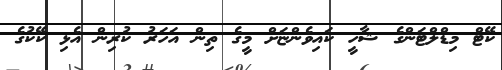
ކޭޓް މިޑްލްޓަންގެ ޝާހީ ކައިވެންޏަށް މީގެ ތިން އަހަރު ކުރިން އެޅި ކޭކުގެ